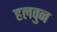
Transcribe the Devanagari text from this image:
हलवुन